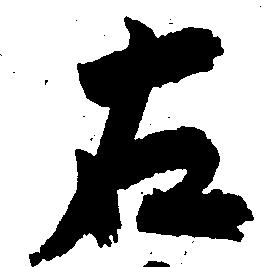
右